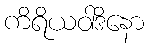
ကိရိယဝါဒိနော